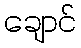
ချောင်